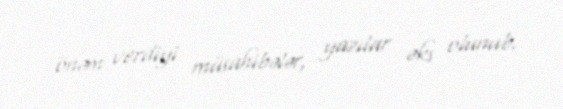
önəm verdiyi müsahibələr, yazılar əks olunub.